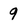
Character: 9